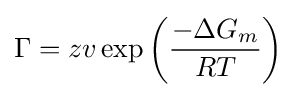
\Gamma =zv\exp \left({\frac {-\Delta G_{m}}{RT}}\right)